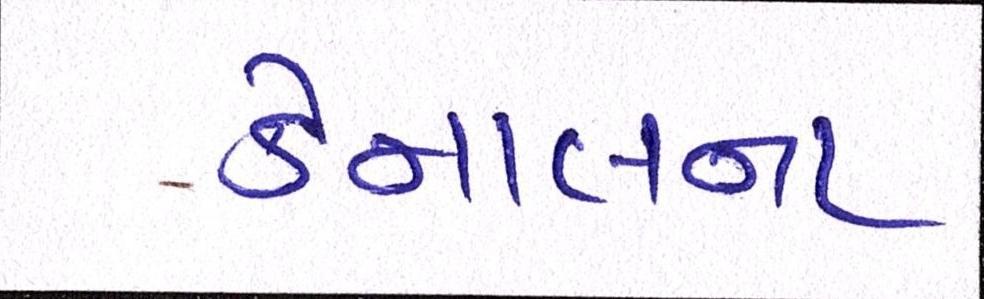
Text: કેનાલના